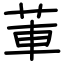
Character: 莗